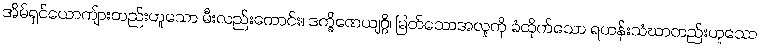
အိမ်ရှင်ယောကျ်ားတည်းဟူသော မီးလည်းကောင်း။ ဒက္ခိဏေယျဂ္ဂိ၊ မြတ်သောအလှုကို ခံထိုက်သော ရဟန်းသံဃာတည်းဟူသော